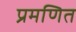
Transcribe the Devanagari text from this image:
प्रमणित